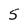
Character: S